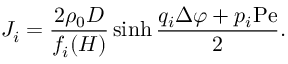
J _ { i } = \frac { 2 \rho _ { 0 } D } { f _ { i } ( H ) } \sinh \frac { q _ { i } \Delta \varphi + p _ { i } \mathrm { P e } } { 2 } .